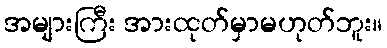
အများကြီး အားထုတ်မှာမဟုတ်ဘူး။